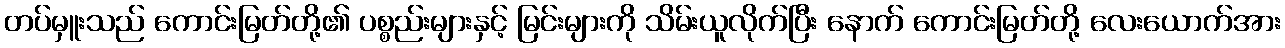
တပ်မှူးသည် ကောင်းမြတ်တို့၏ ပစ္စည်းများနှင့် မြင်းများကို သိမ်းယူလိုက်ပြီး နောက် ကောင်းမြတ်တို့ လေးယောက်အား